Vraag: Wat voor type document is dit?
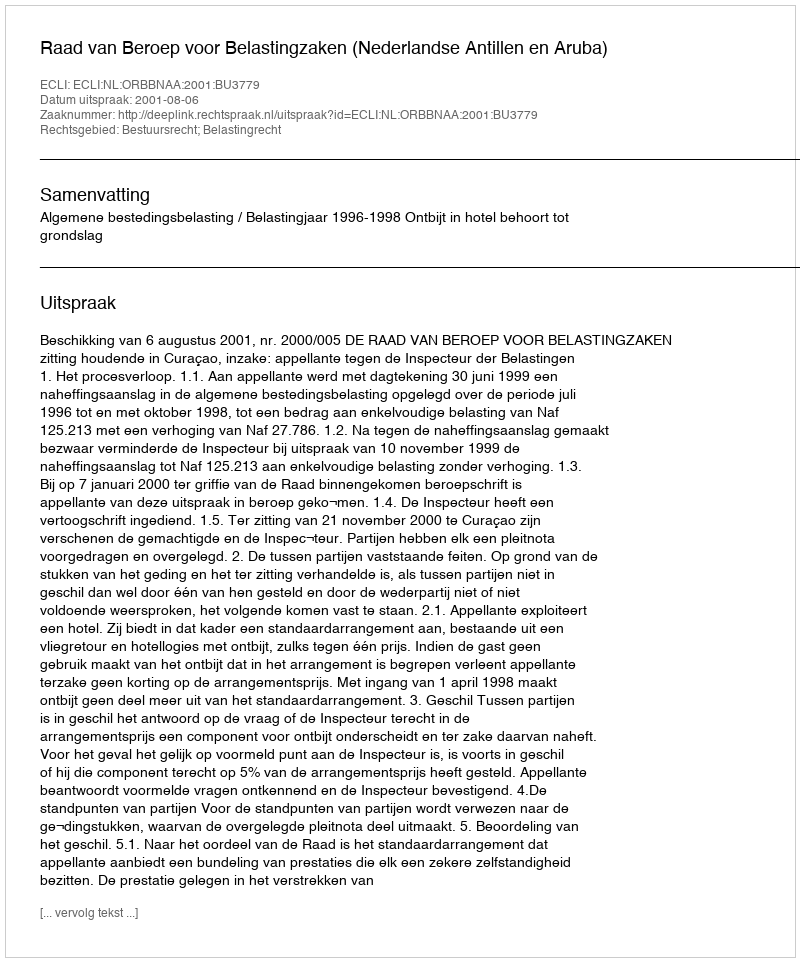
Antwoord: Uitspraak